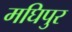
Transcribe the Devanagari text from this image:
मघिपुर